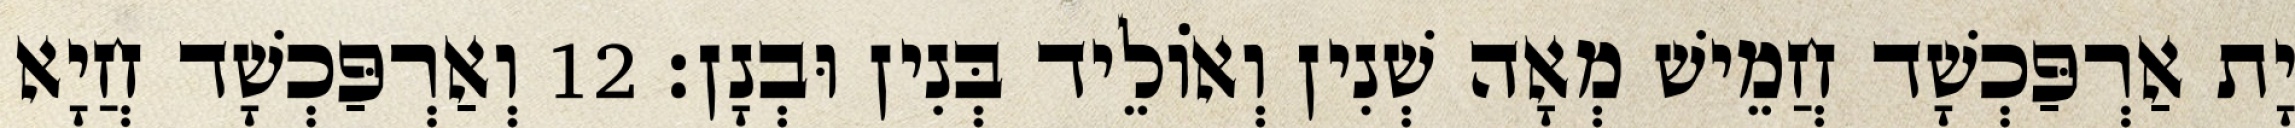
יָת אַרְפַּכְשָׁד חֲמֵישׁ מְאָה שְׁנִין וְאוֹלֵיד בְּנִין וּבְנָן׃ 12 וְאַרְפַּכְשָׁד חֲיָא